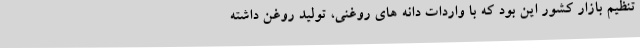
تنظیم بازار کشور این بود که با واردات دانه های روغنی، تولید روغن داشته